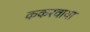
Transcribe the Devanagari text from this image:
ककरवाया